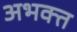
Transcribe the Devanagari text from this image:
अभक्त